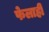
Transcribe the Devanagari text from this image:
फेलाही